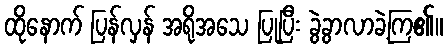
ထိုနောက် ပြန်လှန် အရိုအသေ ပြုပြီး ခွဲခွာလာခဲ့ကြ၏။